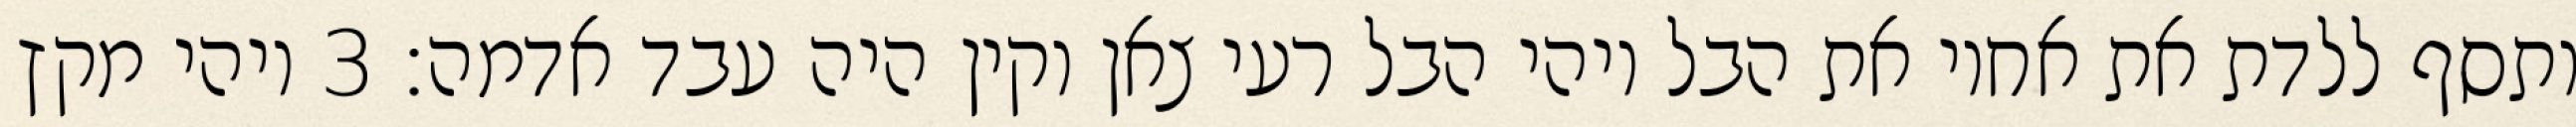
ותסף ללדת את אחיו את הבל ויהי הבל רעי צאן וקין היה עבד אדמה׃ ‎3‏ ויהי מקץ